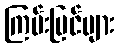
ကြမ်းပြင်များ